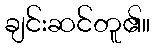
ချင်းဆင်တူ၏။